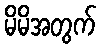
မိမိအတွက်